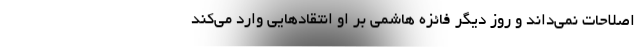
اصلاحات نمی‌داند و روز دیگر فائزه هاشمی بر او انتقادهایی وارد می‌کند